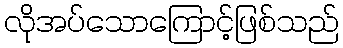
လိုအပ်သောကြောင့်ဖြစ်သည်